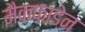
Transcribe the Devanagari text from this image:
मैकफाडेन